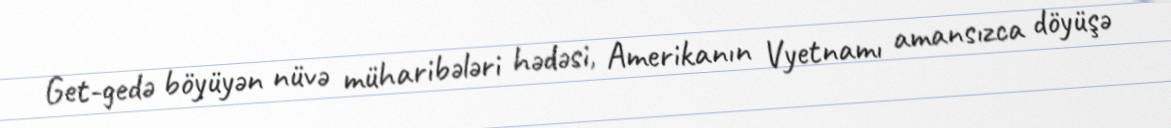
Get-gedə böyüyən nüvə müharibələri hədəsi, Amerikanın Vyetnamı amansızca döyüşə